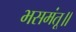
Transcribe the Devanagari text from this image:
भसमंतू॥